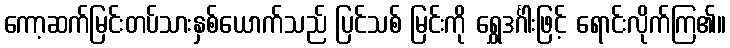
ကော့ဆက်မြင်းတပ်သားနှစ်ယောက်သည် ပြင်သစ် မြင်းကို ရွှေဒင်္ဂါးဖြင့် ရောင်းလိုက်ကြ၏။